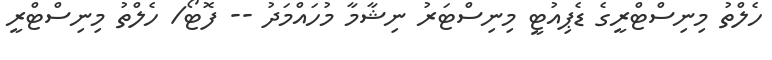
ހެލްތު މިނިސްޓްރީގެ ޑެޕިއުޓީ މިނިސްޓަރު ނިޝާމާ މުހައްމަދު -- ފޮޓޯ/ ހެލްތު މިނިސްޓްރީ